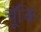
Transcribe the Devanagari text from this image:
चॅूकि